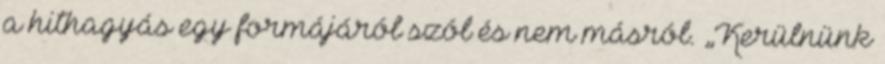
a hithagyás egy formájáról szól és nem másról. „Kerülnünk